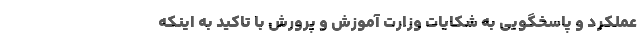
عملکرد و پاسخگویی به شکایات وزارت آموزش و پرورش با تاکید به اینکه